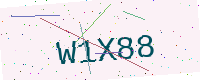
Text: W1X88